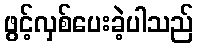
ဖွင့်လှစ်ပေးခဲ့ပါသည်